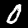
Label: 0